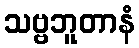
သဗ္ဗဘူတာနံ